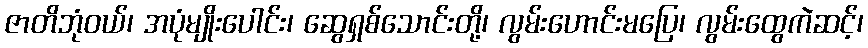
ဇာတိဘုံဝယ်၊ အပုံမျိုးပေါင်း၊ ဆွေရှစ်သောင်းတို့၊ လွမ်းဟောင်းမပြေ၊ လွမ်းထွေကဲဆင့်၊